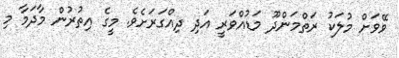
ވޭވަށް މުލަކު ރަތްމަންދޫ މަޑުއްވަރީ އަދި ދިއްގަރަށެވެ. މީގެ އިތުރުން މާދަމާ މި